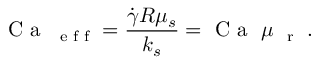
\mathrm { ~ C ~ a ~ } _ { \mathrm { ~ \scriptsize ~ e ~ f ~ f ~ } } = \frac { \dot { \gamma } R \mu _ { s } } { k _ { s } } = \mathrm { ~ C ~ a ~ } \ \mu _ { \mathrm { ~ \scriptsize ~ r ~ } } \ .